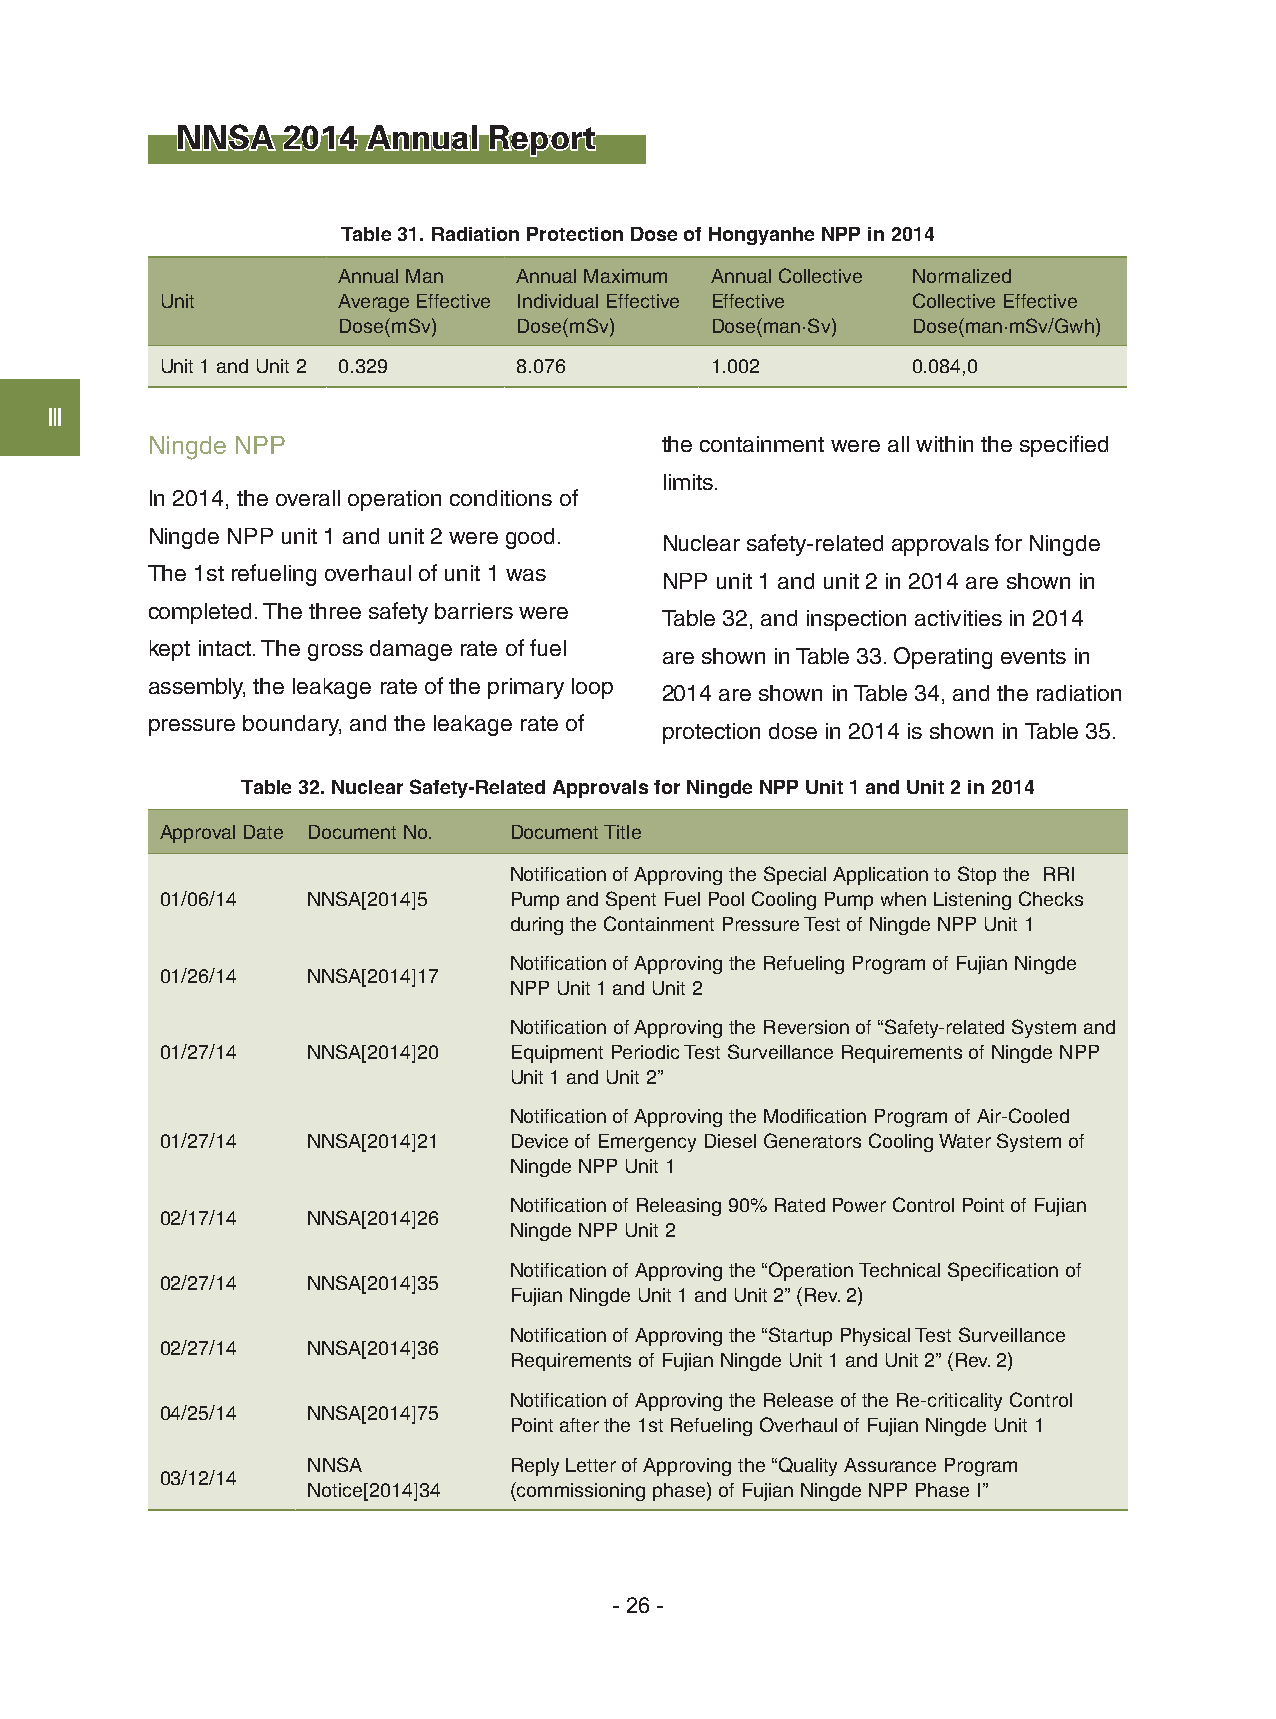
NNSA   2014 Annual  Report
 Table 31. Radiation Protection Dose of Hongyanhe NPP in 2014
 Annual Man  Annual Maximum Annual Collective Normalized
 Unit       Average Effective Individual Effective Effective Collective Effective
 Dose(mSv)   Dose(mSv)    Dose(man·Sv) Dose(man·mSv/Gwh)
 Unit 1 and Unit 2 0.329 8.076       1.002        0.084,0
 Ⅲ
 Ningde NPP                        the containment were all within the specified
 limits.
 In 2014, the overall operation conditions of
 Ningde NPP unit 1 and unit 2 were good.
 Nuclear safety-related approvals for Ningde
 The 1st refueling overhaul of unit 1 was
 NPP unit 1 and unit 2 in 2014 are shown in
 completed. The three safety barriers were
 Table 32, and inspection activities in 2014
 kept intact. The gross damage rate of fuel
 are shown in Table 33. Operating events in
 assembly, the leakage rate of the primary loop
 2014 are shown in Table 34, and the radiation
 pressure boundary, and the leakage rate of
 protection dose in 2014 is shown in Table 35.
 Table 32. Nuclear Safety-Related Approvals for Ningde NPP Unit 1 and Unit 2 in 2014
 Approval Date Document No. Document Title
 Notification of Approving the Special Application to Stop the RRI
 01/06/14 NNSA[2014]5   Pump and Spent Fuel Pool Cooling Pump when Listening Checks
 during the Containment Pressure Test of Ningde NPP Unit 1
 Notification of Approving the Refueling Program of Fujian Ningde
 01/26/14 NNSA[2014]17
 NPP Unit 1 and Unit 2
 Notification of Approving the Reversion of “Safety-related System and
 01/27/14 NNSA[2014]20  Equipment Periodic Test Surveillance Requirements of Ningde NPP
 Unit 1 and Unit 2”
 Notification of Approving the Modification Program of Air-Cooled
 01/27/14 NNSA[2014]21  Device of Emergency Diesel Generators Cooling Water System of
 Ningde NPP Unit 1
 Notification of Releasing 90% Rated Power Control Point of Fujian
 02/17/14 NNSA[2014]26
 Ningde NPP Unit 2
 Notification of Approving the “Operation Technical Specification of
 02/27/14 NNSA[2014]35
 Fujian Ningde Unit 1 and Unit 2” (Rev. 2)
 Notification of Approving the “Startup Physical Test Surveillance
 02/27/14 NNSA[2014]36
 Requirements of Fujian Ningde Unit 1 and Unit 2” (Rev. 2)
 Notification of Approving the Release of the Re-criticality Control
 04/25/14 NNSA[2014]75
 Point after the 1st Refueling Overhaul of Fujian Ningde Unit 1
 NNSA          Reply Letter of Approving the “Quality Assurance Program
 03/12/14
 Notice[2014]34 (commissioning phase) of Fujian Ningde NPP Phase I”
 - 26 -